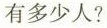
有多少人？